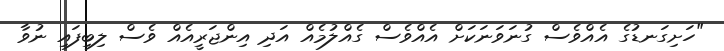
"ހަށިގަނޑުގެ އެއްވެސް ގުނަވަނަކަށް އެއްވެސް ގެއްލުމެއް އަދި އިންޖަރީއެއް ވެސް ލިބިފައި ނުވާ